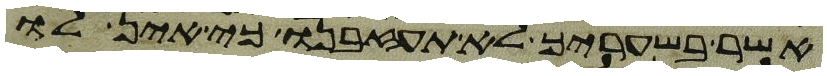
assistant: אשר בשעריך לא תעזבנו כי אין לו